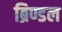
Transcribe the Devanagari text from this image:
ब्रिण्डल